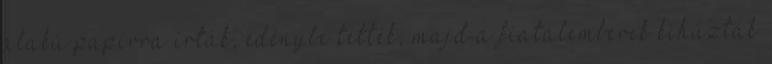
alakú papírra írták, edénybe tették, majd a fiatalemberek kihúzták